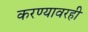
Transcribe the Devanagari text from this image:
करण्यावरही